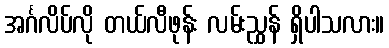
အင်္ဂလိပ်လို တယ်လီဖုန်း လမ်းညွှန် ရှိပါသလား။